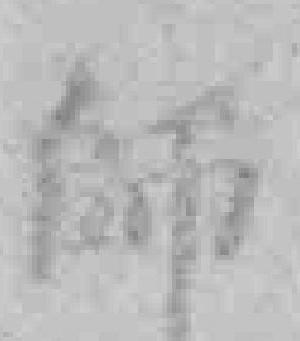
師